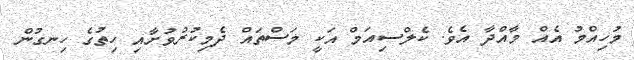
މުހިއްމު އެއް މާއްދާ އެވެ. ކެލްސިއަމް އަކީ މަސްތައް ދެމިކުރުވުށާއި ހިތުގެ ހިނގުން